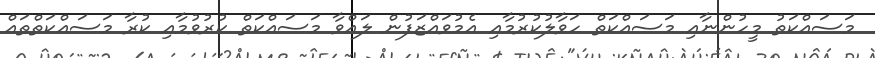
މަސައްކަތު މީހުންނާއި މަަސައްކަތް ހަވާލުކުރުމާއި އެމުވައްޒަފުން ލައްވާ މަސައްކަތް ކުރުވުމާއި ކުރާ މަސައްކަތްތައް